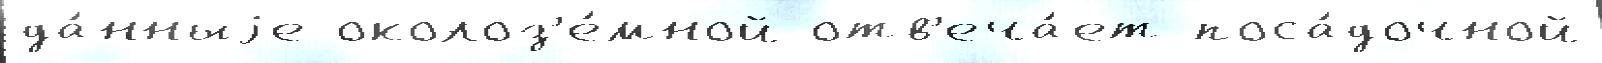
да́нныjе околоз'е́мной отв'еча́ет поса́дочной